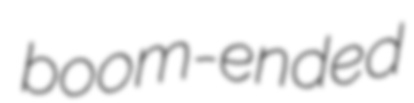
boom-ended